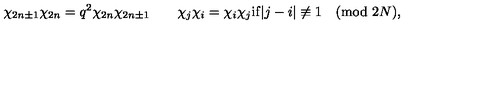
\chi _ { 2 n \pm 1 } \chi _ { 2 n } = q ^ { 2 } \chi _ { 2 n } \chi _ { 2 n \pm 1 } \qquad \chi _ { j } \chi _ { i } = \chi _ { i } \chi _ { j } \mathrm { i f } | j - i | \not \equiv 1 \pmod { 2 N } ,